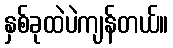
နှစ်ခုထဲပဲကျန်တယ်။